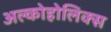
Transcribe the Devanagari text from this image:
अल्कोहोलिक्स